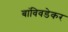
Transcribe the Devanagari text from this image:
बांविवडेकर